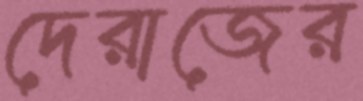
দেরাজের